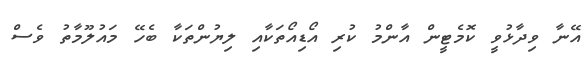
އޭނާ ވިދާޅުވީ ކޮމެޓީން އާންމު ކުރި އޯޑިއޯތަކާއި ލިޔުންތަކާ ބެހޭ މައުލޫމާތު ވެސް